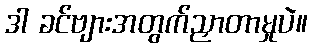
ဒါ ခင်ဗျားအတွက်ညှာတာမှုပဲ။